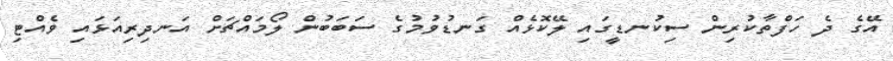
އޭގެ ދެ ހަފްތާކުރިން ސިކުނޑީގައި ލޭކޮޅެއް ގަނޑުވުމުގެ ސަބަބުން ލޯމައްޗަށް އަނދިރިއަޅައި ވެއްޓި